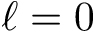
\ell = 0